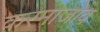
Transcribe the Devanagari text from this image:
करमाजोव